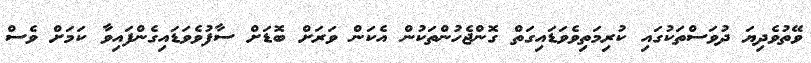
ވޭތުވެދިޔަ ދުވަސްތަކުގައި ކުރިމަތިވެވަޑައިގަތް ގޮންޖެހުންތަކުން އެކަން ވަރަށް ބޮޑަށް ސާފުވެވަޑައިގެންފައިވާ ކަމަށް ވެސް